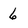
Character: 6